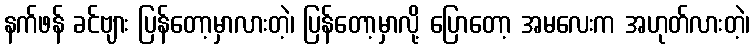
နက်ဖန် ခင်ဗျား ပြန်တော့မှာလားတဲ့၊ ပြန်တော့မှာလို့ ပြောတော့ အမလေးက အဟုတ်လားတဲ့၊